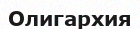
Олигархия